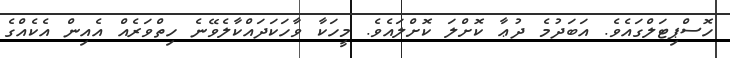
ހޮސްޕިޓަލްގައެވެ. އަބަދުމެ ދުޢާ ކޮށްލަ ކޮށްލައެވެ. މީހަކާ ވާހަކަދައްކާލެވޭނެ ހިތްވަރެއް އެއިން އެކެއްގެ